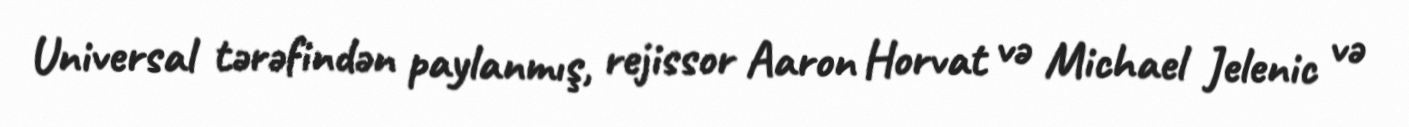
Universal tərəfindən paylanmış, rejissor Aaron Horvat və Michael Jelenic və